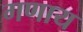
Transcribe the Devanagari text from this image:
गणाय